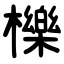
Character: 櫟